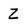
Character: Z